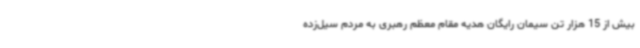
بیش از 15 هزار تن سیمان رایگان هدیه مقام معظم رهبری به مردم سیل‌زده